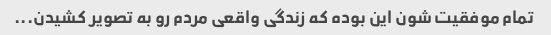
تمام موفقیت شون این بوده که زندگی واقعی مردم رو به تصویر کشیدن...